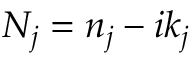
N _ { j } = n _ { j } - i k _ { j }